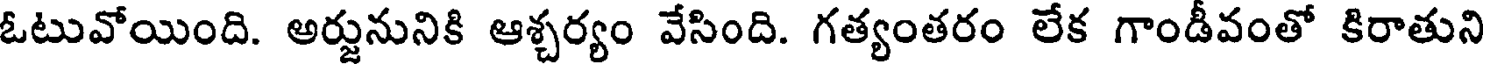
ఓటువోయింది. అర్జునునికి ఆశ్చర్యం వేసింది. గత్యంతరం లేక గాండీవంతో కిరాతుని